Document type: Testament
Year: 1362
Scribe: Berenguer Vergós
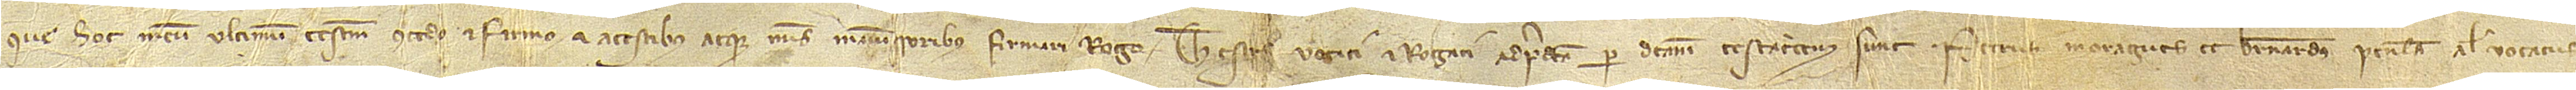
que hoc meum ultimum testamentum concedo et firmo et a testibus atque meis manumissoribus firmari rogo. Testes vocati et rogati a predicta per dictam testatricem sunt: Petrus Moragues et Bernardus Penela, alias vocatus